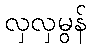
လှလှမွန်